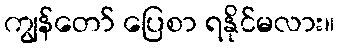
ကျွန်တော် ပြေစာ ရနိုင်မလား။